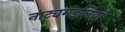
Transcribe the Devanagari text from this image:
नाट्यमंडलियाँ